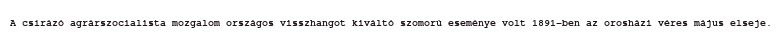
A csírázó agrárszocialista mozgalom országos visszhangot kiváltó szomorú eseménye volt 1891-ben az orosházi véres május elseje.